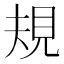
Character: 規